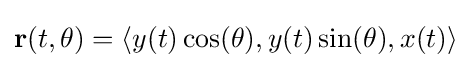
\mathbf {r} (t,\theta )=\langle y(t)\cos(\theta ),y(t)\sin(\theta ),x(t)\rangle